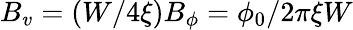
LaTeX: B_{v}=(W/4\xi)B_{\phi}=\phi_{0}/2\pi\xi W